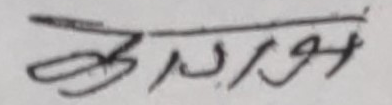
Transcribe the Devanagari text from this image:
स्विकृती